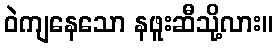
ဝဲကျနေသော နဖူးဆီသို့လား။